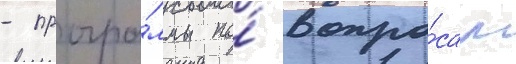
- програ́ммы по́ вопро́сам